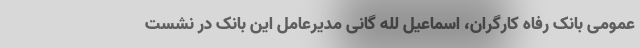
عمومی بانک رفاه کارگران، اسماعیل لله گانی مدیرعامل این بانک در نشست